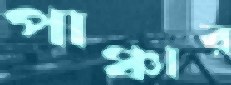
পাঞ্চার